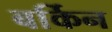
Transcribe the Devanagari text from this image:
बर्किन